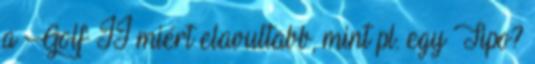
a Golf II miért elavultabb, mint pl. egy Tipo?